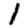
Digit: 1